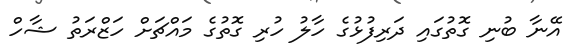
އޭނާ ބުނި ގޮތުގައި ދަރިފުޅުގެ ހާލު ހުރި ގޮތުގެ މައްޗަށް ހަޒްރަތު ޝާހް